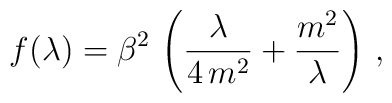
f(\lambda) = \beta^{2}\,\left(\frac{\lambda}{4\,m^2} +    \frac{m^2}{\lambda}\right)\,,